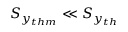
S _ { y _ { t h m } } \ll S _ { y _ { t h } }